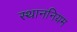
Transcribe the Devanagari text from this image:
स्थाननियम